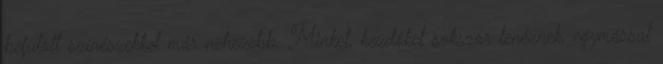
befutott színészekkel már nehezebb. Minket, kezdőket sokszor lenéznek, egymással